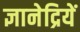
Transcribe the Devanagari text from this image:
ज्ञानेद्रियें